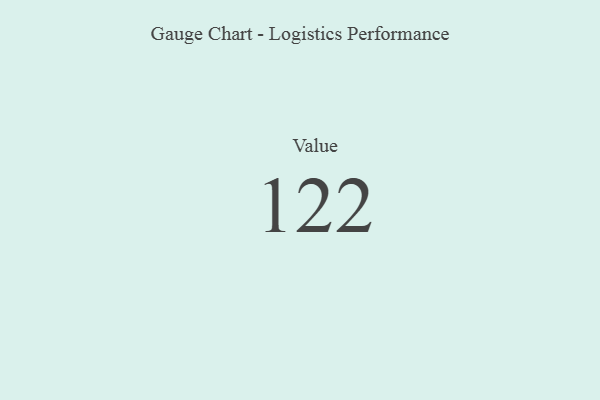
{"axis": {"x": "Metric", "y": "Value"}, "legend": [""], "data": [{"x": "Value", "y": 122, "type": ""}]}